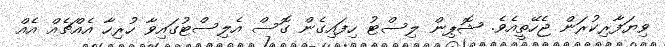
ވިޔަފާރިކުރަން ޖެހޭތީއެވެ. ޝޮޕިން ލިސްޓު ހިފައިގެން ގޮސް އެލިސްޓުގައިވާ ހުރިހާ އެއްޗެއް އެއް